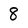
Character: 8